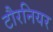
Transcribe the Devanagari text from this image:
टौरनियर